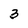
Character: 3